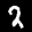
Label: 2